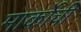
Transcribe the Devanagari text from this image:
मार्कोची